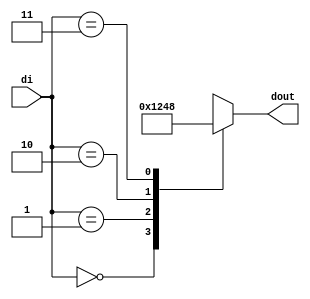
`timescale 1ns / 1ps
//////////////////////////////////////////////////////////////////////////////////
// Company: 
// Engineer: 
// 
// Design Name: 
// Module Name: dcd2
// Project Name: 
// Target Devices: 
// Tool Versions: 
// Description: 
// 
// Dependencies: 
// 
// Revision:
// Revision 0.01 - File Created
// Additional Comments:
// 
//////////////////////////////////////////////////////////////////////////////////


module dcd2(
    input [1:0] di,
    output reg [3:0] dout
    );
    
    always @(di)
      case (di)
              0    : dout = 4'b0001; // 1
              1    : dout = 4'b0010; // 2
              2    : dout = 4'b0100; // 4
              3    : dout = 4'b1000; // 6 
              default : dout = 4'b0; // 0
              
    endcase
endmodule